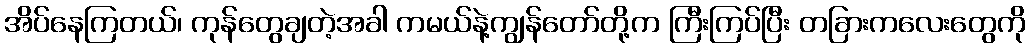
အိပ်နေကြတယ်၊ ကုန်တွေချတဲ့အခါ ကမယ်နဲ့ကျွန်တော်တို့က ကြီးကြပ်ပြီး တခြားကလေးတွေကို